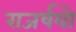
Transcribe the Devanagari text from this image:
राजर्षयो